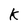
Character: K